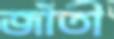
জাঁতী